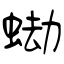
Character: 蜐